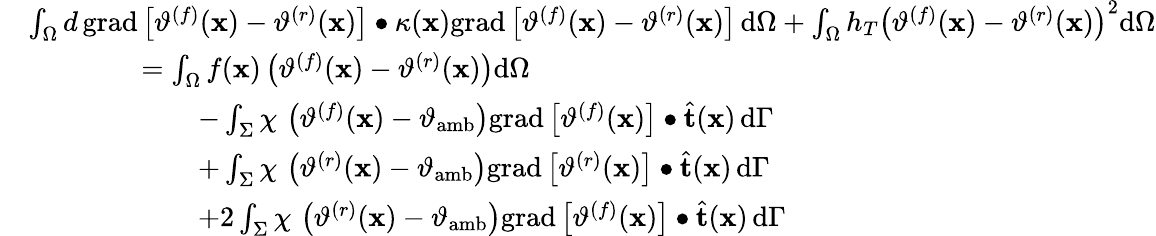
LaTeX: \begin{array}{rl}&{\int_{\Omega}d\, \mathrm{grad}\left[\vartheta^{(f)}(\mathbf{x})-\vartheta^{(r)}(\mathbf{x})\right]\bullet\kappa(\mathbf{x})\mathrm{grad}\left[\vartheta^{(f)}(\mathbf{x})-\vartheta^{(r)}(\mathbf{x})\right]\, \mathrm{d}\Omega+\int_{\Omega}h_{T}\left(\vartheta^{(f)}(\mathbf{x})-\vartheta^{(r)}(\mathbf{x})\right)^{2}\mathrm{d}\Omega}\\ &{\qquad\qquad=\int_{\Omega}f(\mathbf{x})\left(\vartheta^{(f)}(\mathbf{x})-\vartheta^{(r)}(\mathbf{x})\right)\mathrm{d}\Omega}\\ &{\qquad\qquad\qquad-\int_{\Sigma}\chi\, \left(\vartheta^{(f)}(\mathbf{x})-\vartheta_{\mathrm{amb}}\right)\mathrm{grad}\left[\vartheta^{(f)}(\mathbf{x})\right]\bullet\widehat{\mathbf{t}}(\mathbf{x})\, \mathrm{d}\Gamma}\\ &{\qquad\qquad\qquad+\int_{\Sigma}\chi\, \left(\vartheta^{(r)}(\mathbf{x})-\vartheta_{\mathrm{amb}}\right)\mathrm{grad}\left[\vartheta^{(r)}(\mathbf{x})\right]\bullet\widehat{\mathbf{t}}(\mathbf{x})\, \mathrm{d}\Gamma}\\ &{\qquad\qquad\qquad+2\int_{\Sigma}\chi\, \left(\vartheta^{(r)}(\mathbf{x})-\vartheta_{\mathrm{amb}}\right)\mathrm{grad}\left[\vartheta^{(f)}(\mathbf{x})\right]\bullet\widehat{\mathbf{t}}(\mathbf{x})\, \mathrm{d}\Gamma}\end{array}